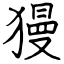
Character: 獌